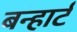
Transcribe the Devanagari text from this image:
बन्हार्ट